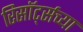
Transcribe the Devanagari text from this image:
रिसॉर्ट्सच्या